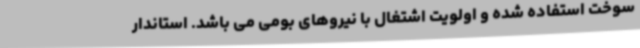
سوخت استفاده شده و اولویت اشتغال با نیروهای بومی می باشد. استاندار